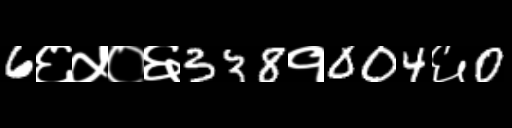
Text: 6६५०६338१004६0